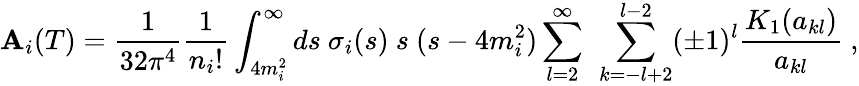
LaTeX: \mathbf{A}_{i}(T)={\frac{{1}}{{32\pi^{4}}}}{\frac{{1}}{{n_{i}!}}}\int_{4m_{i}^{2}}^{\infty}ds\ \sigma_{i}(s)\ s\ (s-4m_{i}^{2})\sum_{l=2}^{\infty}\ \sum_{k=-l+2}^{l-2}(\pm1)^{l}{\frac{{K_{1}(a_{kl})}}{{a_{kl}}}}\ ,